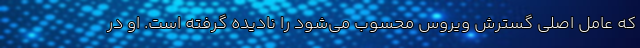
که عامل اصلی گسترش ویروس محسوب می‌شود را نادیده گرفته است. او در